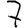
Digit: 7